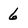
Character: 6